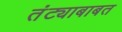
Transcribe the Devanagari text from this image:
तंट्याबाबत